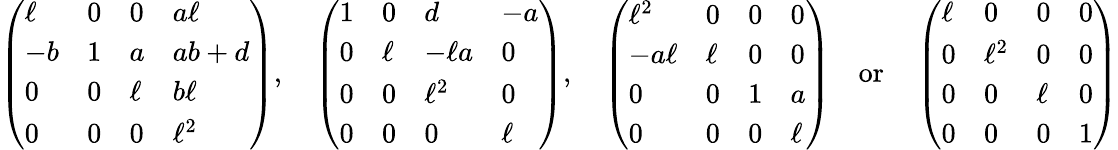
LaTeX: \left(\begin{array}{llll}{\ell}&{0}&{0}&{a\ell}\\ {-b}&{1}&{a}&{ab+d}\\ {0}&{0}&{\ell}&{b\ell}\\ {0}&{0}&{0}&{\ell^{2}}\end{array}\right),\quad\left(\begin{array}{llll}{1}&{0}&{d}&{-a}\\ {0}&{\ell}&{-\ell a}&{0}\\ {0}&{0}&{\ell^{2}}&{0}\\ {0}&{0}&{0}&{\ell}\end{array}\right),\quad\left(\begin{array}{llll}{\ell^{2}}&{0}&{0}&{0}\\ {-a\ell}&{\ell}&{0}&{0}\\ {0}&{0}&{1}&{a}\\ {0}&{0}&{0}&{\ell}\end{array}\right)\quad\mathrm{or}\quad\left(\begin{array}{llll}{\ell}&{0}&{0}&{0}\\ {0}&{\ell^{2}}&{0}&{0}\\ {0}&{0}&{\ell}&{0}\\ {0}&{0}&{0}&{1}\end{array}\right)